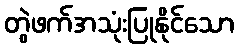
တွဲဖက်အသုံးပြုနိုင်သော